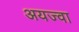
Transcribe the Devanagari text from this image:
अयज्वा